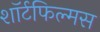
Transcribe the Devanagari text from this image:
शॉर्टफिल्मस